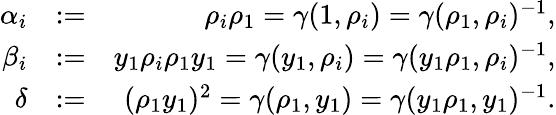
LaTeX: \begin{array}{rlr}{\alpha_{i}}&{:=}&{\rho_{i}\rho_{1}=\gamma(1,\rho_{i})=\gamma(\rho_{1},\rho_{i})^{-1},}\\ {\beta_{i}}&{:=}&{y_{1}\rho_{i}\rho_{1}y_{1}=\gamma(y_{1},\rho_{i})=\gamma(y_{1}\rho_{1},\rho_{i})^{-1},}\\ {\delta}&{:=}&{(\rho_{1}y_{1})^{2}=\gamma(\rho_{1},y_{1})=\gamma(y_{1}\rho_{1},y_{1})^{-1}.}\end{array}